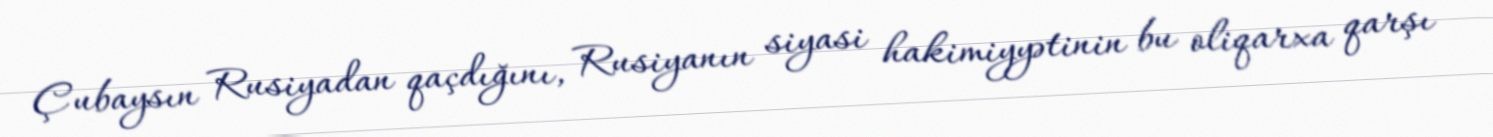
Çubaysın Rusiyadan qaçdığını, Rusiyanın siyasi hakimiyyətinin bu oliqarxa qarşı